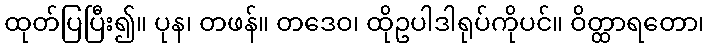
ထုတ်ပြပြီး၍။ ပုန၊ တဖန်။ တဒေဝ၊ ထိုဥပါဒါရုပ်ကိုပင်။ ဝိတ္ထာရတော၊